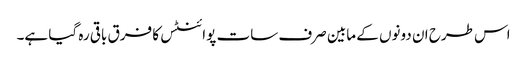
اس طرح ان دونوں کے مابین صرف سات پوائنٹس کا فرق باقی رہ گیا ہے۔